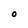
Character: O